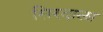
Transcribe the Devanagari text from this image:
सिरदाला